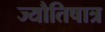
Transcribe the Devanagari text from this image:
ज्यौतिषात्र